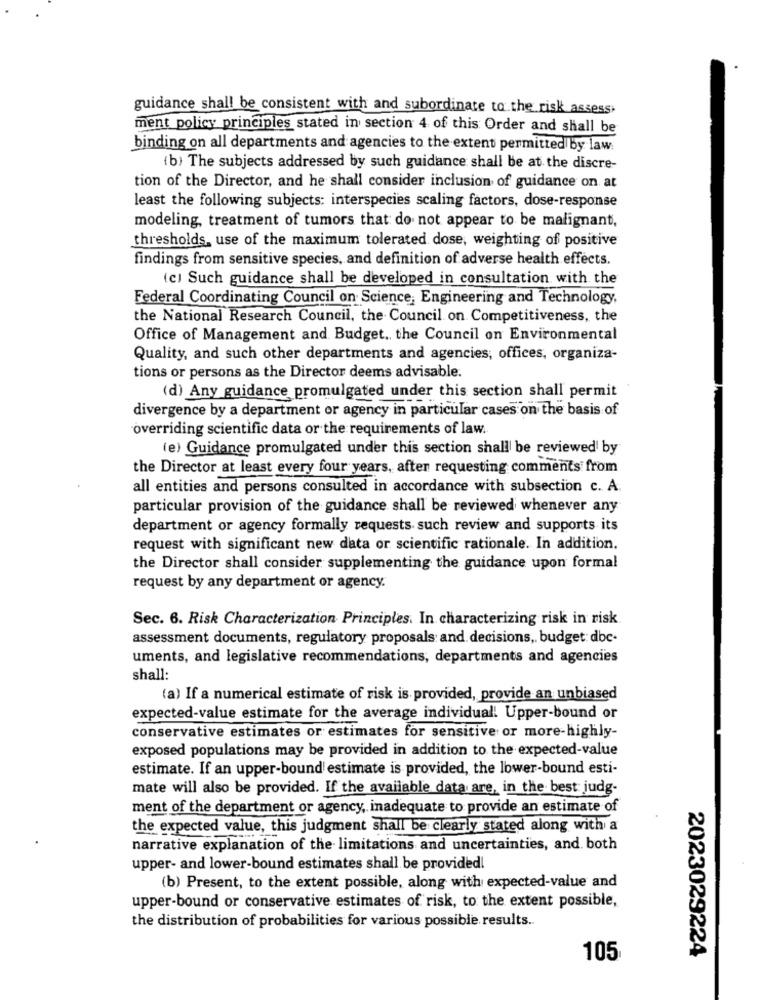
guidance shall be consistent with and subordinate to the risk assess
ment policy principles stated in section 4 of this Order and shall be
binding on all departments and agencies to the extent permitted by law.
(b) The subjects addressed by such guidance shall be at the discre-
tion of the Director, and he shall consider inclusion of guidance on at
least the following subjects: interspecies scaling factors, dose-response
modeling, treatment of tumors that do not appear to be malignant,
thresholds, use of the maximum tolerated dose, weighting of positive
findings from sensitive species, and definition of adverse health effects.
(c) Such guidance shall be developed in consultation with the
Federal Coordinating Council on Science, Engineering and Technology,
the National Research Council, the Council on Competitiveness, the
Office of Management and Budget, the Council on Environmental
Quality, and such other departments and agencies; offices, organiza-
tions or persons as the Director deems advisable.
(d) Any guidance promulgated under this section shall permit
divergence by a department or agency in particular cases on the basis of
overriding scientific data or the requirements of law.
(e) Guidance promulgated under this section shall be reviewed by
the Director at least every four years, after requesting comments from
all entities and persons consulted in accordance with subsection c. A
particular provision of the guidance shall be reviewed whenever any
department or agency formally requests such review and supports its
request with significant new data or scientific rationale. In addition,
the Director shall consider supplementing the guidance upon formal
request by any department or agency.
Sec. 6. Risk Characterization Principles. In characterizing risk in risk
assessment documents, regulatory proposals and decisions ,, budget dbc-
uments, and legislative recommendations, departments and agencies
shall:
(a) If a numerical estimate of risk is provided, provide an unbiased
expected-value estimate for the average individual! Upper-bound or
conservative estimates or estimates for sensitive or more-highly-
exposed populations may be provided in addition to the expected-value
estimate. If an upper-bound estimate is provided, the lower-bound esti-
mate will also be provided. If the available data are, in the best judg-
ment of the department or agency, inadequate to provide an estimate of
the expected value, this judgment shall be clearly stated along with a
narrative explanation of the limitations and uncertainties, and. both
upper- and lower-bound estimates shall be provided!
(b) Present, to the extent possible, along with expected-value and
upper-bound or conservative estimates of risk, to the extent possible,
the distribution of probabilities for various possible results ..
2023029224
105